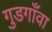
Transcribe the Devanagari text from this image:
गुडगाँवा